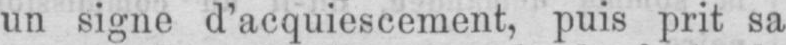
un signe d’acquiescement, puis prit sa